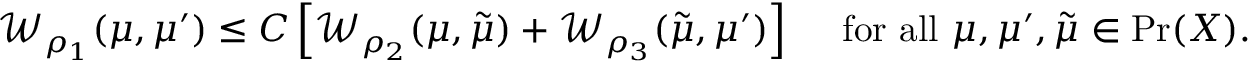
\begin{array} { r } { \mathcal { W } _ { \rho _ { 1 } } ( \mu , \mu ^ { \prime } ) \leq C \left[ \mathcal { W } _ { \rho _ { 2 } } ( \mu , \tilde { \mu } ) + \mathcal { W } _ { \rho _ { 3 } } ( \tilde { \mu } , \mu ^ { \prime } ) \right] \quad \mathrm { ~ f o r ~ a l l ~ } \mu , \mu ^ { \prime } , \tilde { \mu } \in \operatorname* { P r } ( X ) . } \end{array}